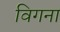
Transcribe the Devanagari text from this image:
विगना